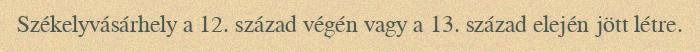
Székelyvásárhely a 12. század végén vagy a 13. század elején jött létre.